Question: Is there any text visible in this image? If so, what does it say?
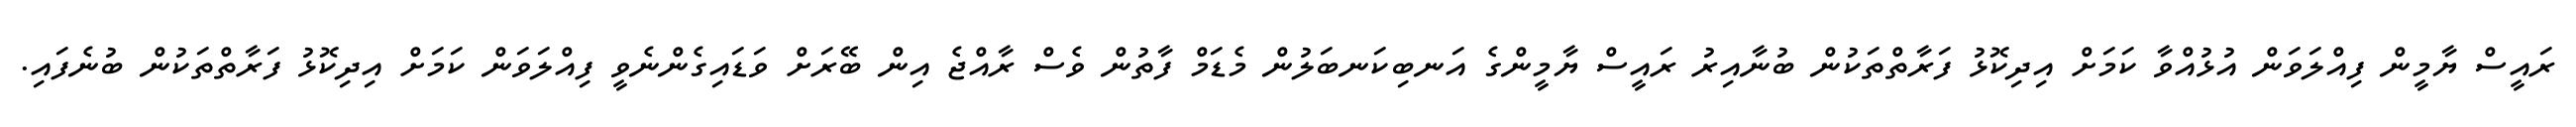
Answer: ރައީސް ޔާމީން ފިއްލަވަން އުޅުއްވާ ކަމަށް އިދިކޮޅު ފަރާތްތަކުން ބުނާއިރު ރައީސް ޔާމީންގެ އަނބިކަނބަލުން މެޑަމް ފާތުން ވެސް ރާއްޖެ އިން ބޭރަށް ވަޑައިގެންނެވީ ފިއްލަވަން ކަމަށް އިދިކޮޅު ފަރާތްތަކުން ބުނެފައި.